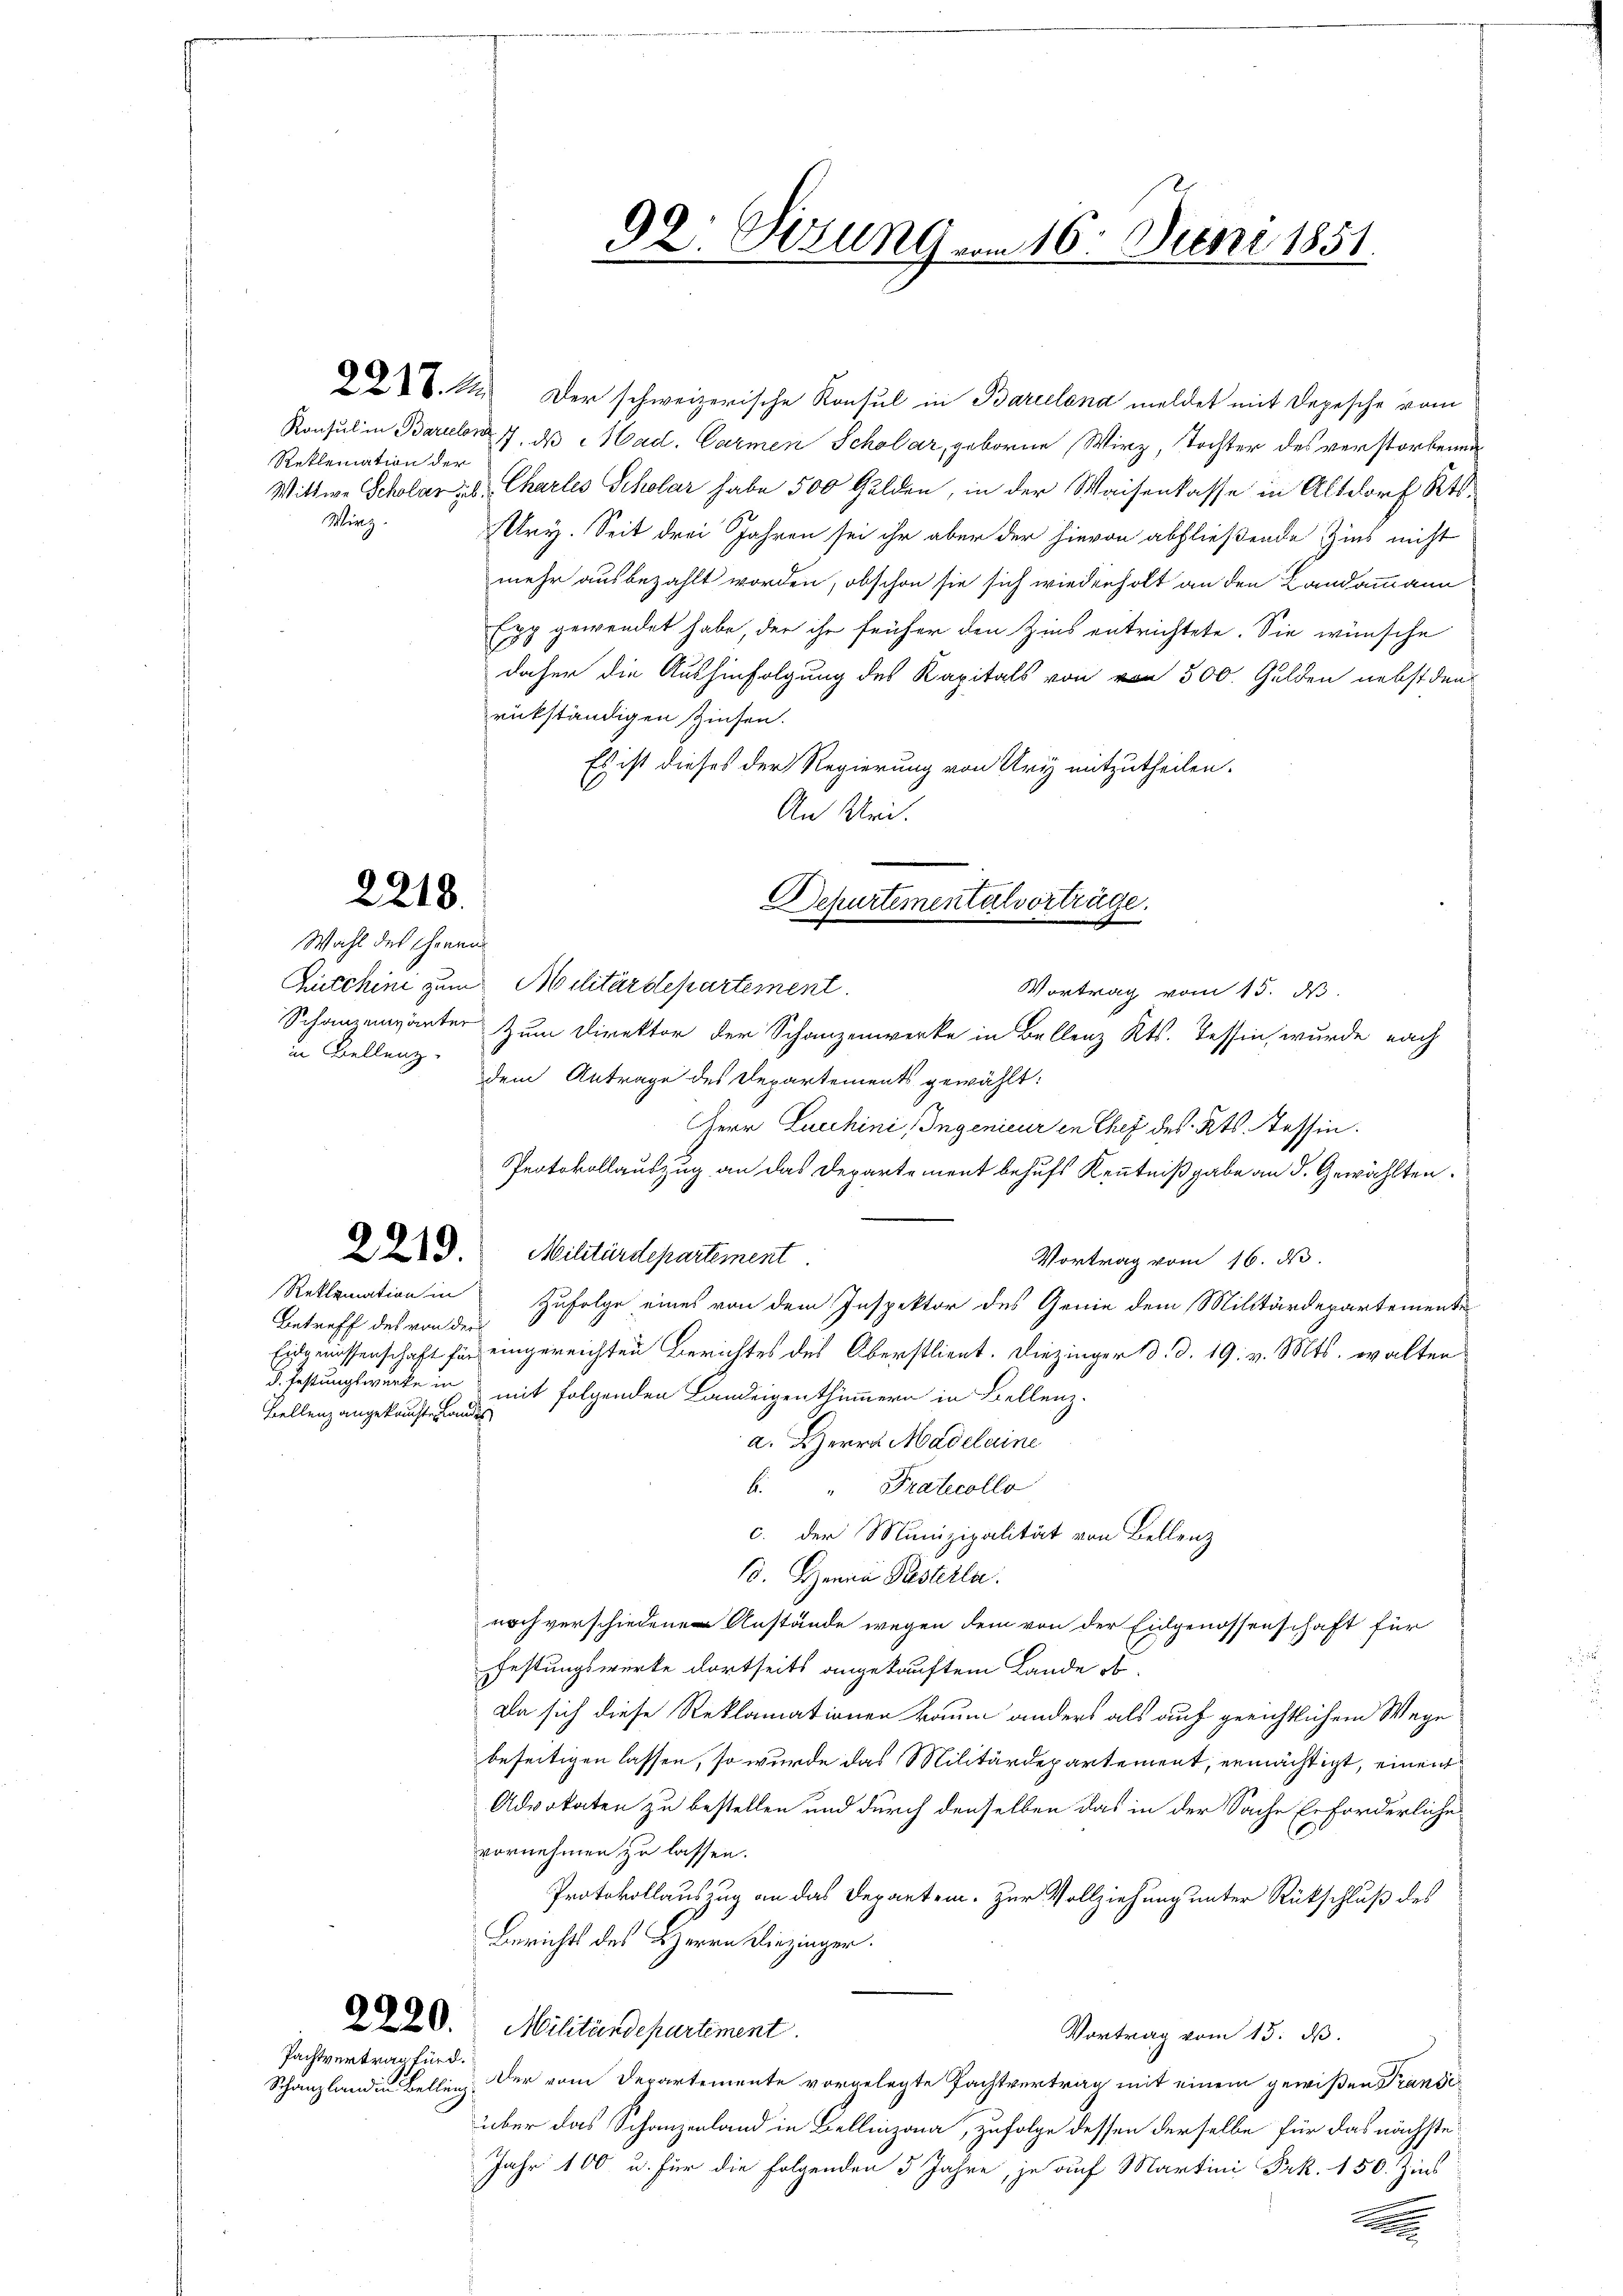
XX. M. Der schweizerische Konsul in Barcelena meldet mit Depesche vom
Konsul in Barulon 7. ds Mad. Carmen Scholar, geborne Wirz, Tochter des verstorbenen
Wittwe Scholar, Charles Scholar habe 500 Gulden, in der Waisenkasse in Altdorf Kts.
Ury. Seit drei Jahren sei ihr aber der hievon abfließende Zins nicht
mehr ausbezahlt worden, obschon sie sich wiederholt an den Landammann
Exp gewendet habe, der ihr früher den Zins entrichtete. Sie wünsche
daher die Aushinfolgung des Kapitals von von 500. Gulden nebst den
rükständigen Zinsen.
Es ist dieses der Regierung von Ury mitzutheilen.
An Uri.
Zitchine zum Militärdepartement.
Schanzenwärter zum Direktor der Schanzenwerke in Bellenz Kts. Tessin, wurde nach
dem Antrage des Departements gewählt:
Herr Luchini (Ingenieur in Chef des Kts. Tessin.
Protokollauszug an das Departement behufs Kenntnißgabe an d. Gewählten.
§D. Militärdepartement
Vortrag vom 16. d.
Reklamation in
Zufolge eines von dem Inspektor des Genie dem Militärdepartemente
Betreff des von der
Eidgenossenschaft für eingereichten Berichtes des Oberstlieut. Diezinger 13. d. 19. v. Mts. walten
d. Festungswerte in mit folgenden Landeigenthümmern in Bellenz.
Bellenz angekaufte Landes
a. Herrn Madelaine
b. Praticollo
c. der Munizipalität von Bellenz
10. Herrn Resterla
noch verschiedenen Anstände wegen dem von der Eidgenossenschaft für
Festungswerte dortseits angekauftem Lande ob
Da sich diese Reklamationen kaum anders als auf gerichtlichem Wege
beseitigen lassen, so wurde das Militärdepartement, ermächtigt, einen
Advokaten zu bestellen und durch denselben das in der Sache Erforderliche
vornehmen zu lassen.
Protokollauszug an das Departen. Zur Vollziehung unter Rückschluß des
Berichts des HHerrn Diezinger.
XXXV. Militärdepartement.
Vortrag vom 13. ds.
Pachtvertrag fürd.
Schanzland in Bellen. Der vom Departemente vorgelegte Pachtvertrag mit einem gewißen Transiüber das Schanzenland in Bellinzona, zufolge dessen derselbe für das nächste
Jahr 100 u. für die folgenden 5 Jahre, je auf Martini Frk. 150. Zins

Reklamation der
Winz.

2218.

Wahl des Freun
in Bellenz

92: Otzung vom 16. Juni 1851.

Departementalvorträge.
Vortrag vom 15. ds.